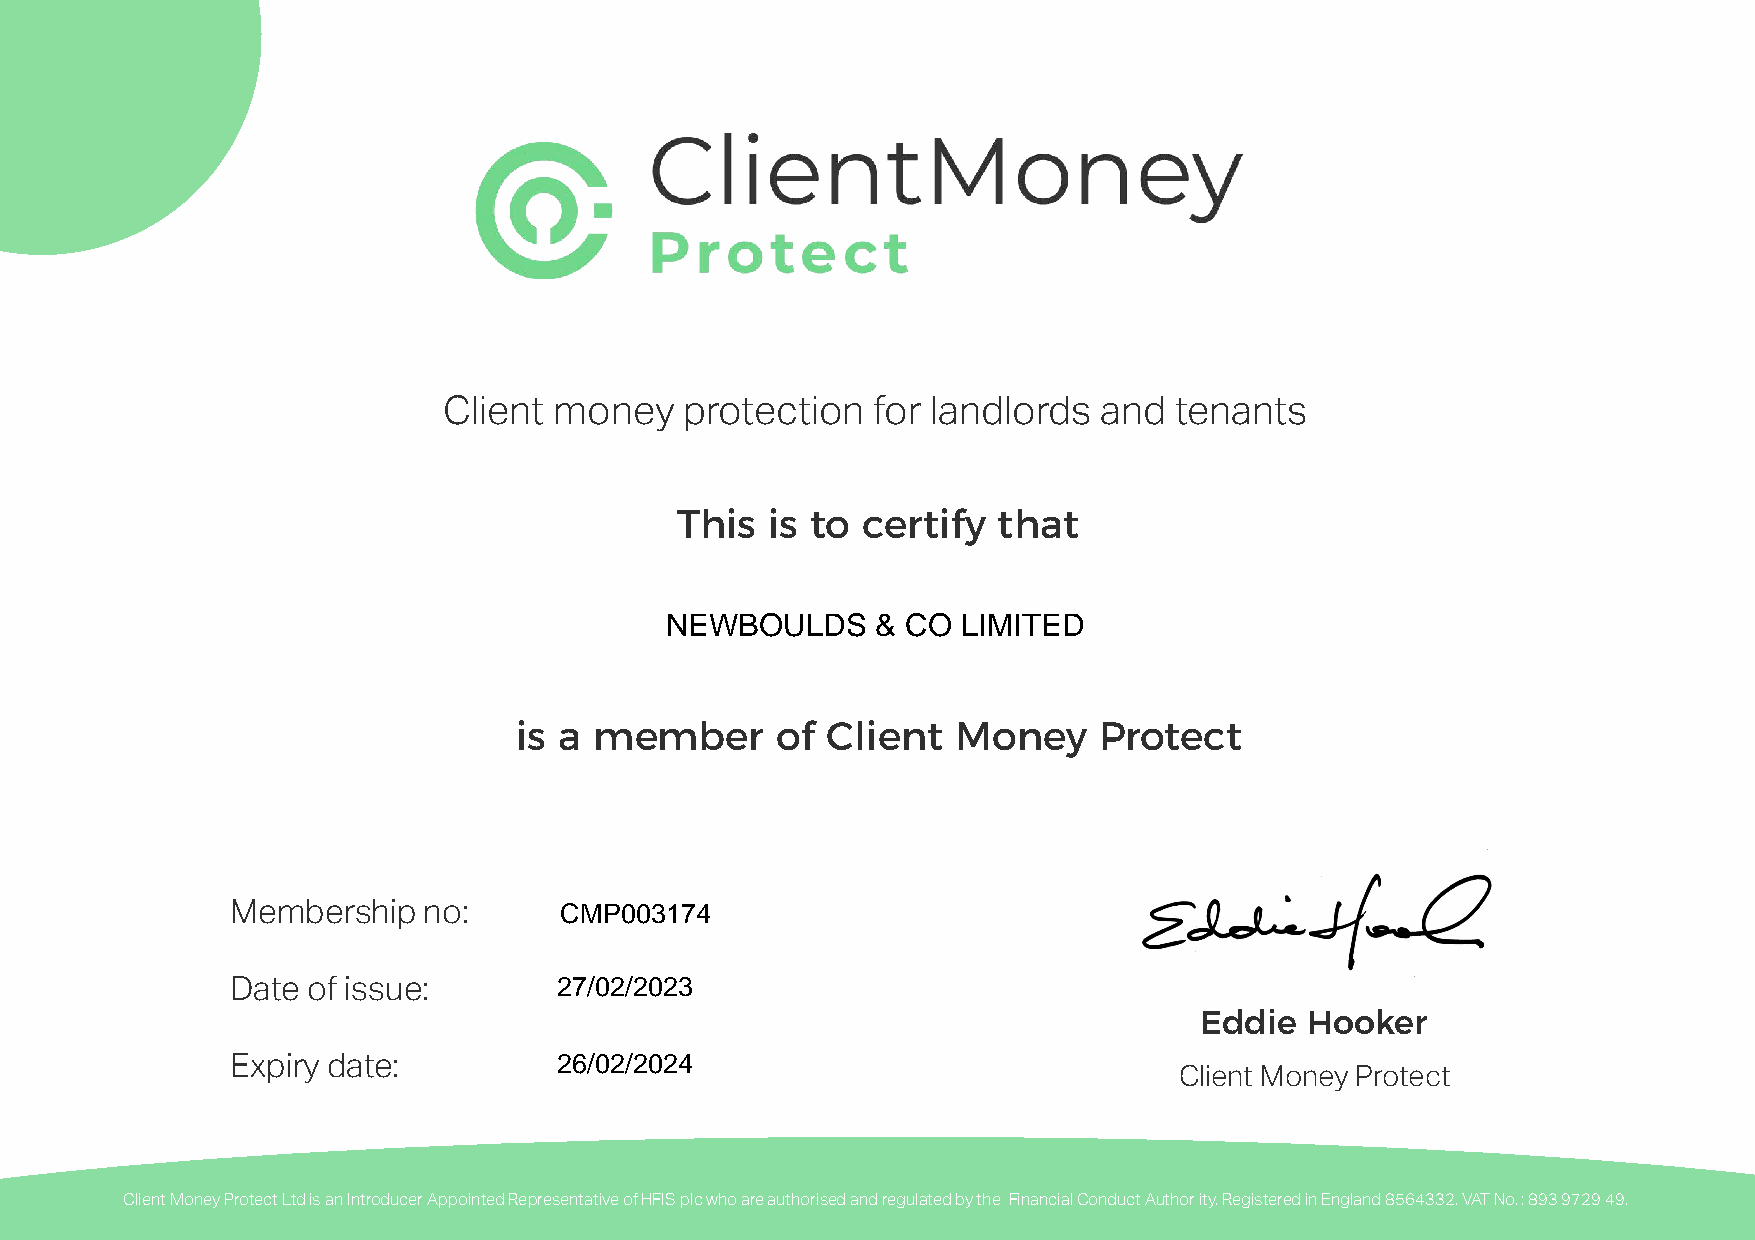
Client  money   protection   for landlords  and  tenants
 This  is to certify  that
 NEWBOULDS     & CO  LIMITED
 is a member      of  Client  Money     Protect
 CMP003174
 Membership   no:
 27/02/2023
 Date of issue:
 Eddie  Hooker
 26/02/2024
 Expiry date:
 Client Money Protect
 Client Money Protect Ltd is an Introducer Appointed Representative of HFIS plc who are authorised and regulated by the Financial Conduct Author ity. Registered in England 8564332. VAT No. : 893 9729 49.